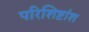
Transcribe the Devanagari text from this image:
परिशिष्टांश